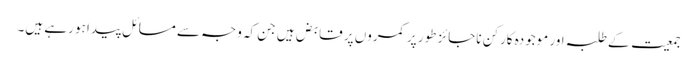
جمعیت کے طلبہ اور موجودہ کارکن ناجائز طور پر کمروں پر قابض ہیں جن کہ وجہ سے مسائل پیدا ہو رہے ہیں۔